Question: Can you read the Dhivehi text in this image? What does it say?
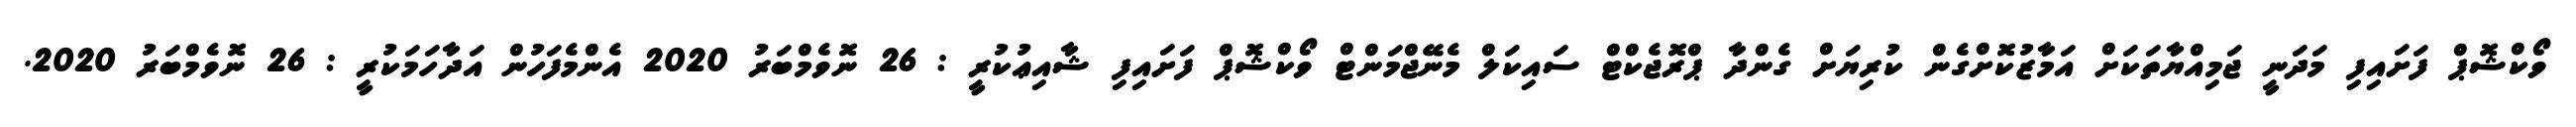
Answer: ވޯކްޝޮޕް ފަށައިފި މަދަނީ ޖަމިއްޔާތަކަށް އަމާޒުކޮށްގެން ކުރިޔަށް ގެންދާ ޕްރޮޖެކްޓް ސައިކަލް މެނޭޖްމަންޓް ވޯކްޝޮޕް ފަށައިފި ޝާއިޢުކުރީ : 26 ނޮވެމްބަރު 2020 އެންމެފަހުން އަދާހަމަކުރީ : 26 ނޮވެމްބަރު 2020.